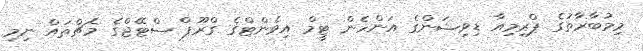
މިމުބާރާތުގެ ޕްރިމިއާ ޑިވިޝަންގެ އަންހެން ޓީމް އިވެންޓްގެ ގްރޫޕް ސްޓޭޖްގެ މެޗްތައް ނިމި